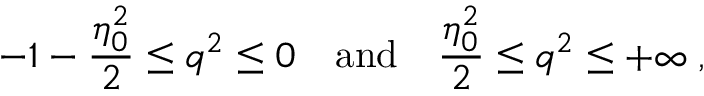
- 1 - { \frac { \eta _ { 0 } ^ { 2 } } { 2 } } \leq q ^ { 2 } \leq 0 \quad \mathrm { a n d } \quad { \frac { \eta _ { 0 } ^ { 2 } } { 2 } } \leq q ^ { 2 } \leq + \infty \; ,